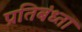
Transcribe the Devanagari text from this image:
प्रतिबंध्ता